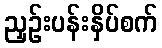
ညှဉ်းပန်းနှိပ်စက်